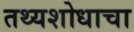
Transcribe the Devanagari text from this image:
तथ्यशोधाचा